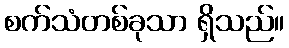
စက်သံတစ်ခုသာ ရှိသည်။